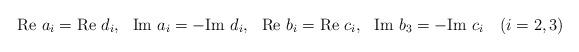
LaTeX: \begin{align*}{\rm Re}~a_i= {\rm Re}~d_i,~~{\rm Im}~a_i= -{\rm Im}~d_i,~~{\rm Re}~b_i= {\rm Re}~c_i,~~{\rm Im}~b_3= -{\rm Im}~c_i~~~(i=2,3)\end{align*}